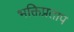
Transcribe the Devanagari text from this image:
भक्तिप्रताप